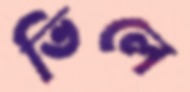
ভিলে